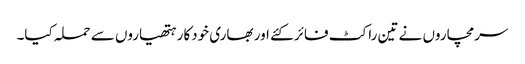
سرمچاروں نے تین راکٹ فائر کئے اور بھاری خودکار ہتھیاروں سے حملہ کیا۔